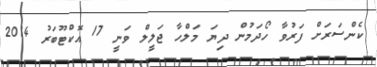
ކެންސަރަށް ފަރުވާ ހޯދަމުން ދިޔަ މަލްހާ ޖަލީލް ވަނީ 17 އޮކްޓޫބަރު 2014